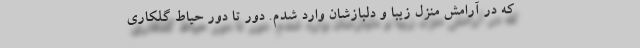
که در آرامش منزل زیبا و دلبازشان وارد شدم. دور تا دور حیاط گلکاری